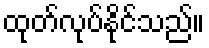
ထုတ်လုပ်နိုင်သည်။